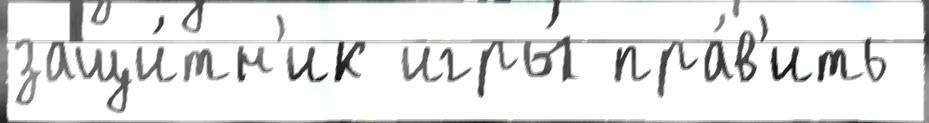
защи́тн'ик игры́ пра́в'ить